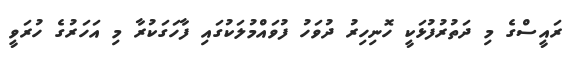
ރައީސްގެ މި ދަތުރުފުޅަކީ ހޮނިހިރު ދުވަހު ފުވައްމުލަކުގައި ފާހަގަކުރާ މި އަހަރުގެ ހުރަވީ